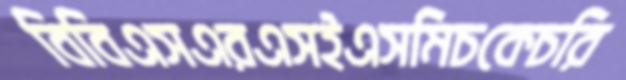
বিবিএসএরএসইএসমিচকেচরি